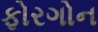
ફોરગોન